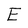
Character: E